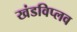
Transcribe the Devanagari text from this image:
खंडविप्लव